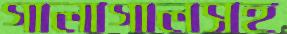
গালাগালসহ